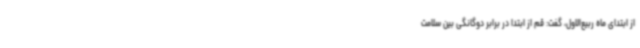
از ابتدای ماه ربیع‌الاول، گفت: قم از ابتدا در برابر دوگانگی بین سلامت